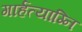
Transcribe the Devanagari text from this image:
गार्हत्याग्नि